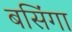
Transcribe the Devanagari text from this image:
बसिंगा